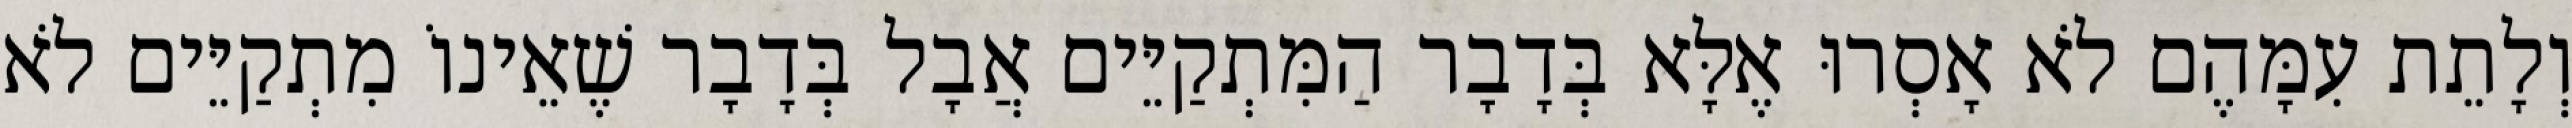
וְלָתֵת עִמָּהֶם לֹא אָסְרוּ אֶלָּא בְּדָבָר הַמִּתְקַיֵּים אֲבָל בְּדָבָר שֶׁאֵינוֹ מִתְקַיֵּים לֹא